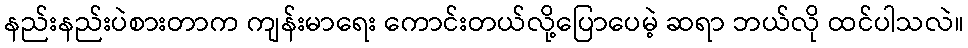
နည်းနည်းပဲစားတာက ကျန်းမာရေး ကောင်းတယ်လို့ပြောပေမဲ့ ဆရာ ဘယ်လို ထင်ပါသလဲ။